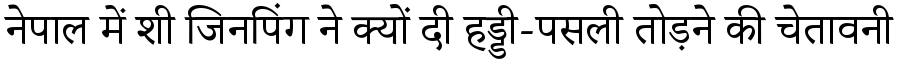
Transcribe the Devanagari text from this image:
नेपाल में शी जिनपिंग ने क्यों दी हड्डी-पसली तोड़ने की चेतावनी